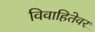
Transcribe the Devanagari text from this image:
विवाहितेवर